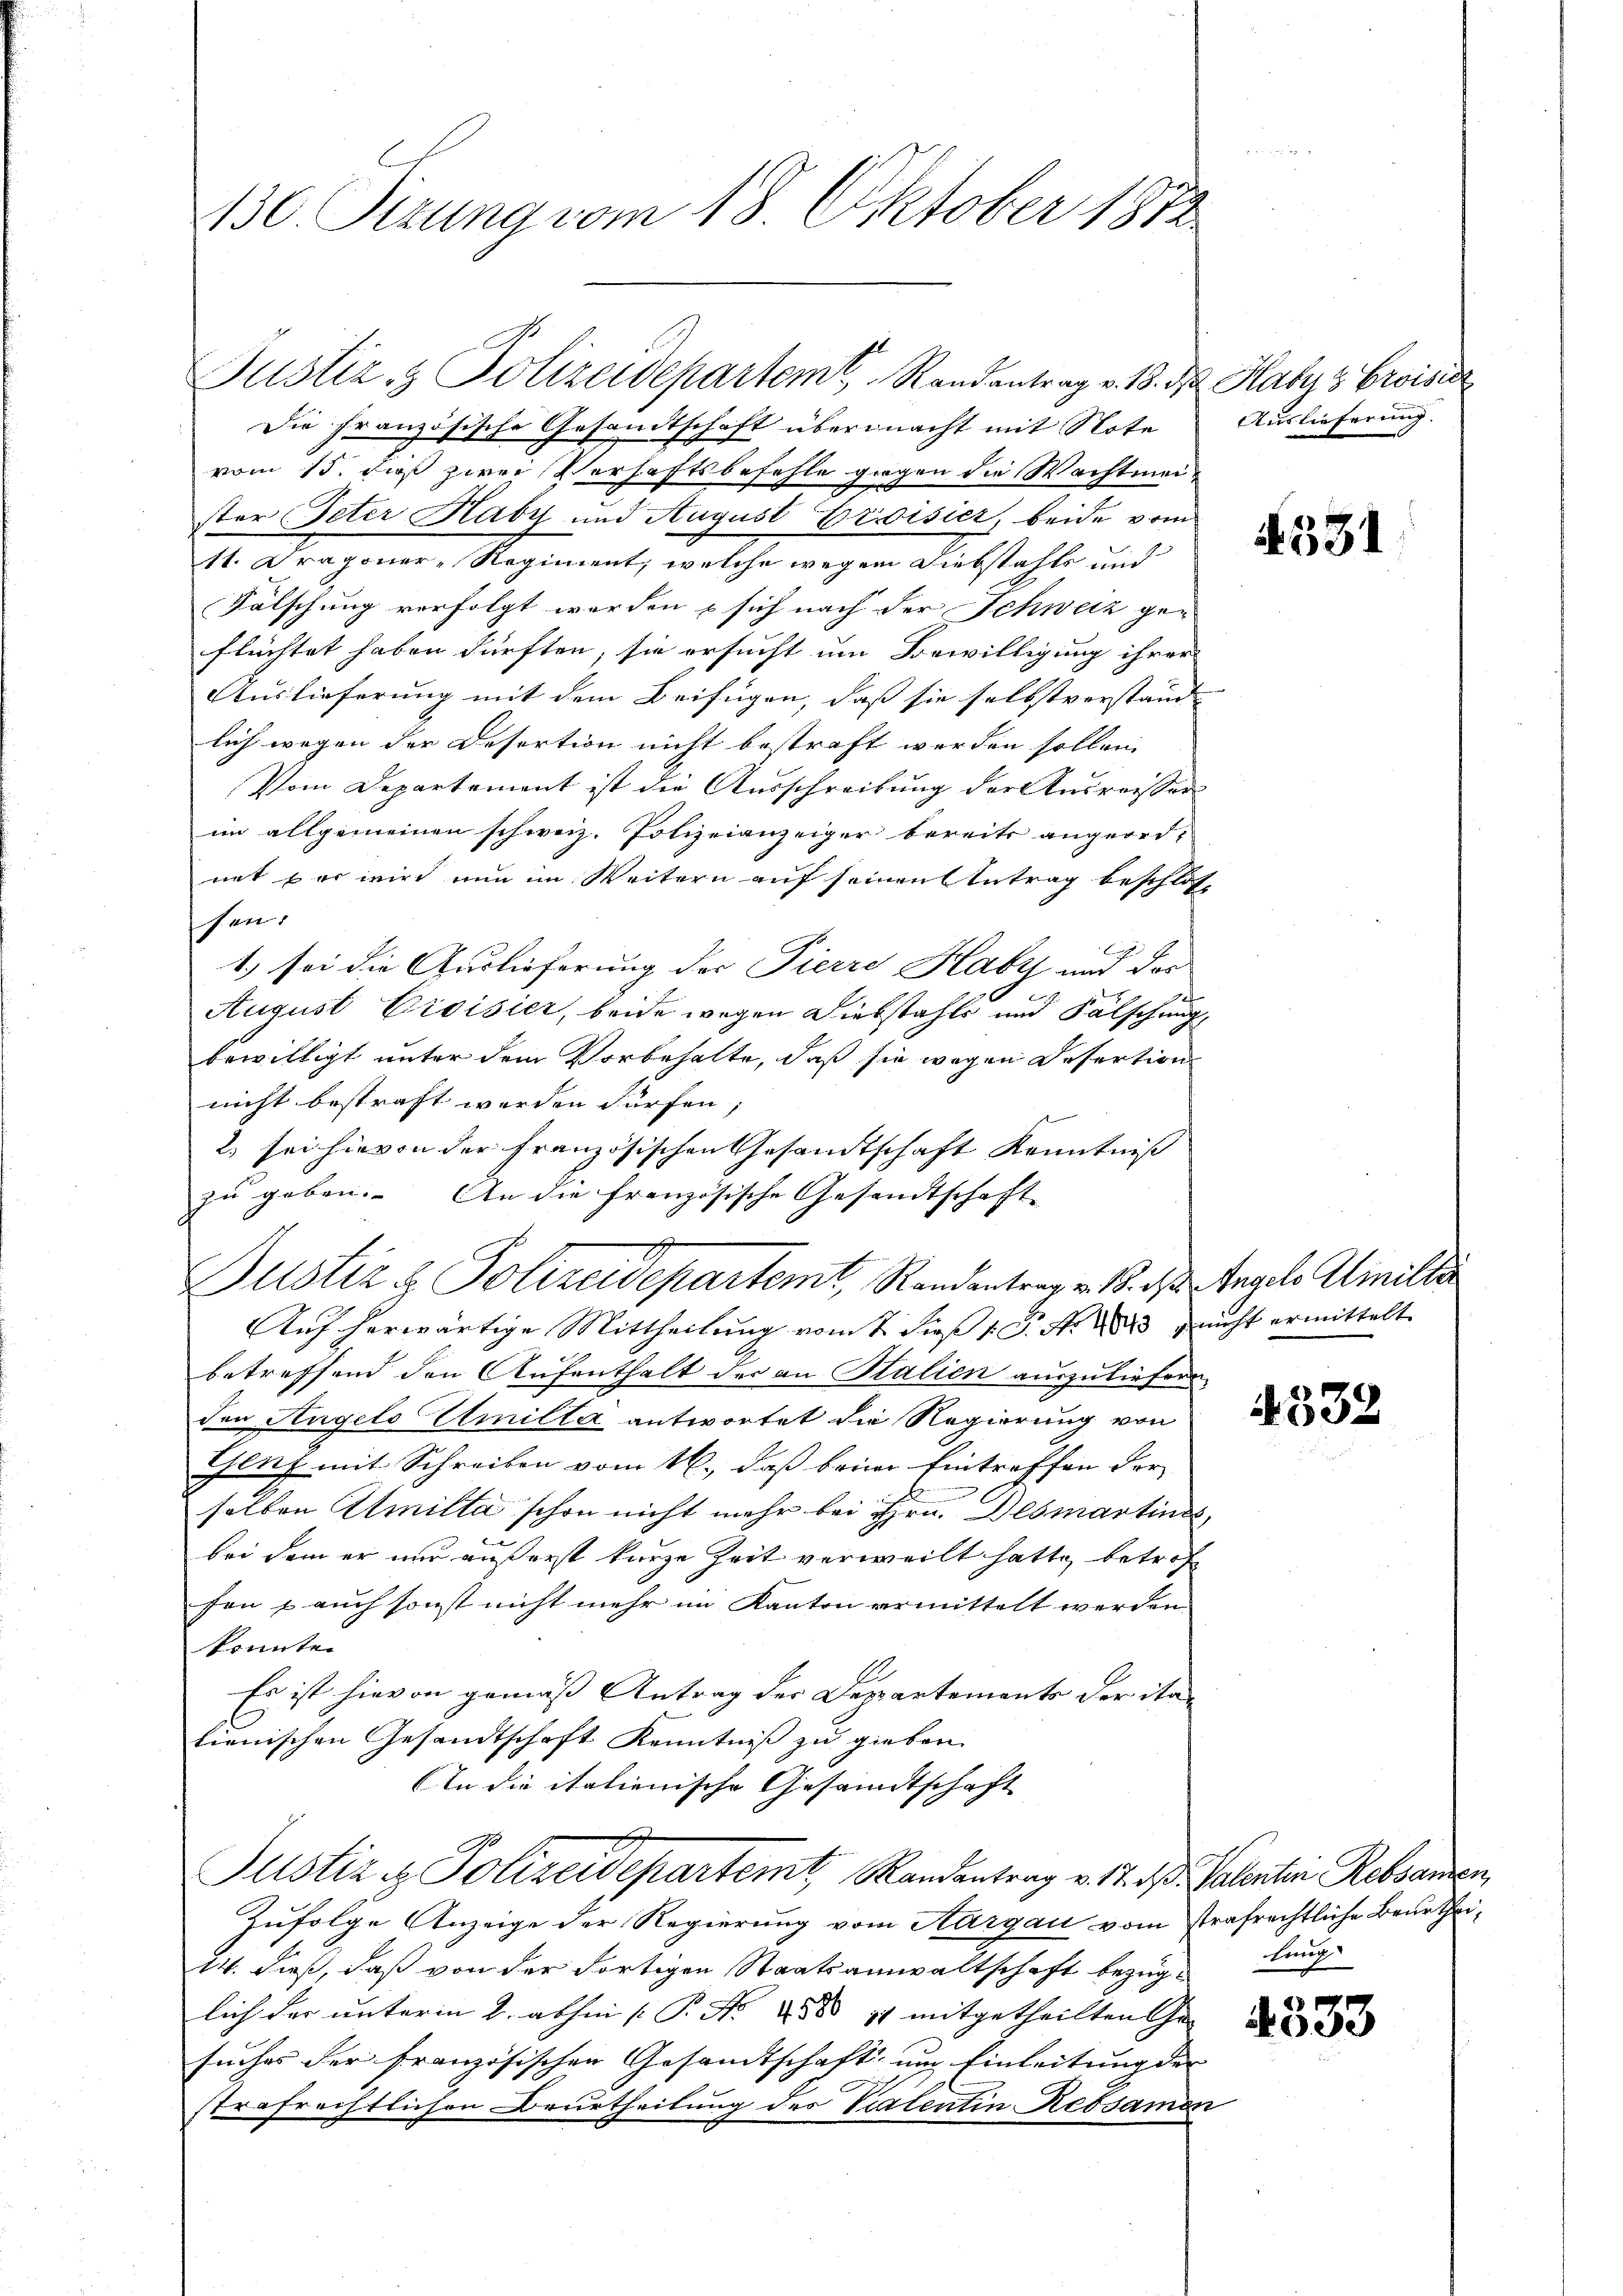
130. Sizung vom 18. Oktober 1872

Die französische Gesandtschaft übermacht mit Note
vom 15. dieß zwei Verhaftsbefehle gegen die Wachtmeister Peter Haby und August Groisier, beide vom
11. Dragoner-Regiment, welche wegen Diebstahls und
Fälschung verfolgt werden & sich nach der Schweiz geflüchtet haben dürften, sie ersucht um Bewilligung ihrer
Auslieferung mit dem Beifügen, daß sie selbstverstand
lich wegen der Desertion nicht bestraft werden sollen.
Vom Departement ist die Ausschreibung der Ausreisser
im allgemeinen schweiz. Polizeianzeiger bereits angeordnet wer wird nun im Weitern auf seinen Antrag beschlos-
schen.
1.) sei die Auslieferung der Pierre Haby und der
August Croisier, beide wegen Diebstahls und Fälschung
bewilligt unter dem Vorbehalte, daß sie wegen Desertion
nicht bestraft werden dürfen;
2) sei hievon der Französischen Gesandtschaft Kenntniß
zu geben. An die französische Gesandtschaft
betreffend den Aufenthalt der an Halien auszuliefern
den Angelo Elmilta antwortet die Regierung von
Genf mit Schreiben vom 16., daß beim Eintreffen der
selben Atmilta schon nicht mehr bei Hrn. Desmartinas,
bei dem er nur äußerst kurze Zeit verweilt hatte, betref
fen & auch sonst nicht mehr im Kanton vermittelt werden
konnte.
Es ist hievon gemäss Antrag der Departements der ita
lienischen Gesandtschaft Kenntniß zu gieben.
An die italienische Gesandtschaft
Justiz & Polizeidepartemt, Randantrag v. J. dß Valenten Rebsamen
Zufolge Anzeige der Regierung vom Aargau vom strafrechtliche Beurthei¬
14. dieß, daß von der dortigen Staatsanwaltschaft bezüglich der unterm 2. abhin [P. Nr. 2 § 11 mitgetheilten Ge- |
suches der französischen Gesandtschaft, um Einleitung der
strafrechtlichen Beurtheilung des Valentin Rebsamen

Justiz & Polizeidepartemt, Randantrag v. 18. ds Angels Alinille
Auf herwärtige Mittheilung vom 7. dieß 18. No. 1883, nicht ermittelt

Justiz- & Polizeidepartem Randantrag v. 18. d. Haby s Croisie

Auslieferung.

331

532

4333

lei